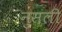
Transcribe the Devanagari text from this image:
नुसली